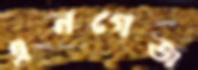
এনগেজ